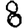
Digit: 8